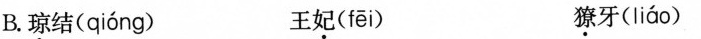
B.琼结( qióng ) 王妃( fēi ) 獠牙( liáo )